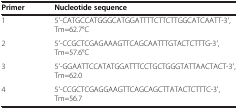
| Primer | Nucleotide sequence |
 | --- | --- |
 | 1 | 5′-CATGCCATGGGCATGGATTTTCTTCTTGGCATCAATT-3′, Tm=62.7°C |
 | 2 | 5′-CCGCTCGAGAAAGTTCAGCAATTTGTACTCTTTG-3′, Tm=57.6°C |
 | 3 | 5′-GGAATTCCATATGGATTTCCTGCTGGGTATTAACTACT-3′, Tm=62.0 |
 | 4 | 5′-CCGCTCGAGGAAGTTCAGCAGCTTATACTCTTTC-3′, Tm=56.7 |